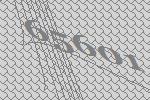
65601